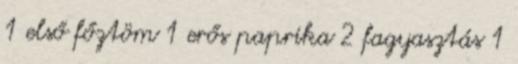
1 első főztöm 1 erős paprika 2 fagyasztás 1